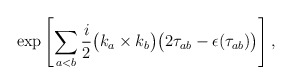
\begin{align*} \exp\left[\sum_{a<b}\frac{i}{2} \bigl(k_a \times k_b\bigr) \bigl(2 \tau_{ab} -\epsilon(\tau_{ab})\bigr)\right],\end{align*}